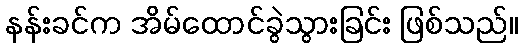
နန်းခင်က အိမ်ထောင်ခွဲသွားခြင်း ဖြစ်သည်။